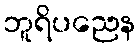
ဘူရိပညေန